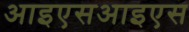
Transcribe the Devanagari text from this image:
आइएसआइएस